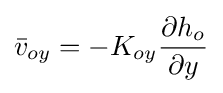
{\bar {v}}_{oy}=-K_{oy}{\frac {\partial h_{o}}{\partial y}}